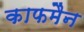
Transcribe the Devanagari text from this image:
काफमैन